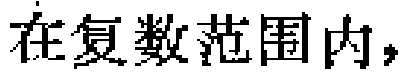
在复数范围内，